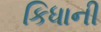
કિધાની